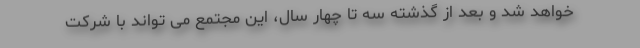
خواهد شد و بعد از گذشته سه تا چهار سال، این مجتمع می تواند با شرکت